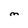
Character: m